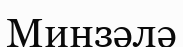
Минзәлә